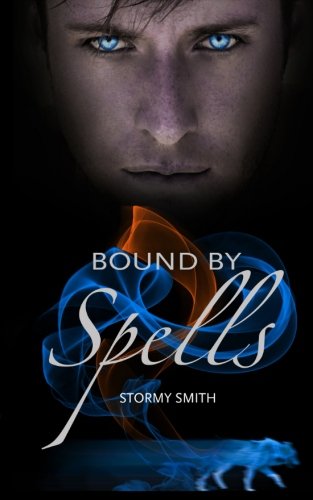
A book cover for Bound by Spells (Bound Series) (Volume 2); Stormy Smith; Science Fiction & Fantasy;